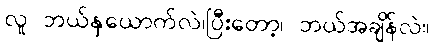
လူ ဘယ်နှယောက်လဲ၊ပြီးတော့၊ ဘယ်အချိန်လဲ။